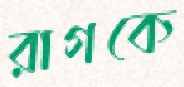
রাগকে